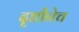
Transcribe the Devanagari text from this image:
दृष्टीनेच